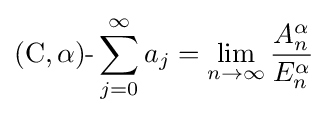
(\mathrm {C} ,\alpha ){\text{-}}\sum _{j=0}^{\infty }a_{j}=\lim _{n\to \infty }{\frac {A_{n}^{\alpha }}{E_{n}^{\alpha }}}